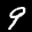
Label: 9